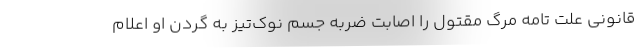
قانونی علت تامه مرگ مقتول را اصابت ضربه جسم نوک‌تیز به گردن او اعلام